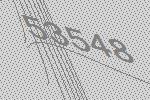
53548